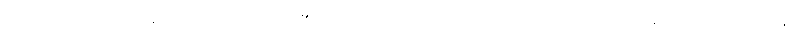
ပလေတိုးကား ဆော့ခရတ္တိ ပညာရှိ၏ တပည့် အပေါင်းတို့တွင် အကြီးကျယ်ဆုံး ပုဂ္ဂိုလ် ဖြစ်၏။